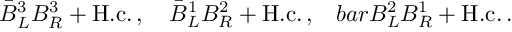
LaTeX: \bar { B } _ { L } ^ { 3 } B _ { R } ^ { 3 } + \mathrm { H . c . } \, , \ \ \ \bar { B } _ { L } ^ { 1 } B _ { R } ^ { 2 } + \mathrm { H . c . } \, , \ \ \, b a r B _ { L } ^ { 2 } B _ { R } ^ { 1 } + \mathrm { H . c . } \, .